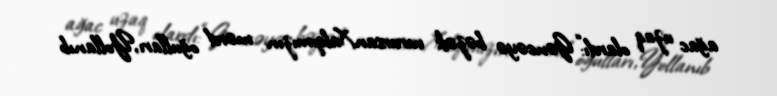
ağac uzaq olardı:“Gəncəyə bəzək vurursanXalqımızın mərd oğulları,Yollanıb